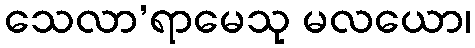
သေလာ’ရာမေသု မလယော၊